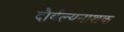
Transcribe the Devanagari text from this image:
दौर्बल्यनाशक